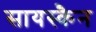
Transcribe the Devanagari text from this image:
सायस्कैन